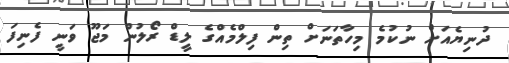
ދުނިޔެއަށް ނުކުމެ މިހާތަނަށް ތިން ފިލްމެއްގެ ލީޑް ރޯލުން މަޖޫ ވަނީ ފެނިފަ